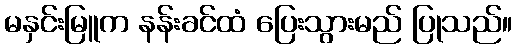
မနှင်းမြူက နန်းခင်ထံ ပြေးသွားမည် ပြုသည်။